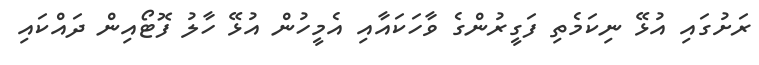
ރަށުގައި އުޅޭ ނިކަމެތި ފަގީރުންގެ ވާހަކައާއި އެމީހުން އުޅޭ ހާލު ފޮޓޯއިން ދައްކައި